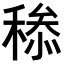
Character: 𥠩